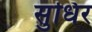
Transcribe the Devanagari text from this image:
सुधिर